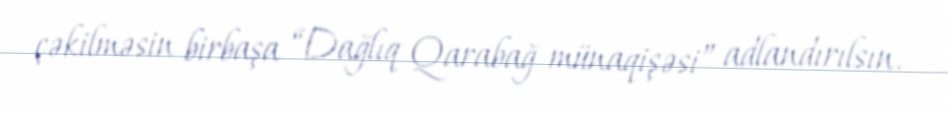
çəkilməsin birbaşa “Dağlıq Qarabağ münaqişəsi” adlandırılsın.